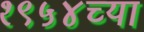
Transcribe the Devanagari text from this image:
१९५४च्या